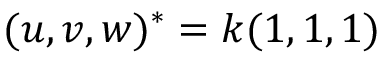
( u , v , w ) ^ { * } = k ( 1 , 1 , 1 )